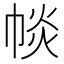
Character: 𢃔